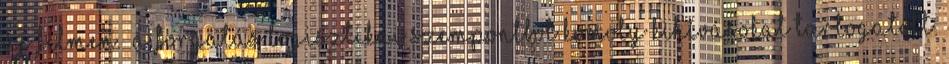
új filmen.” A forgatás logisztikai szempontból komoly kihívásokat tartogatott.